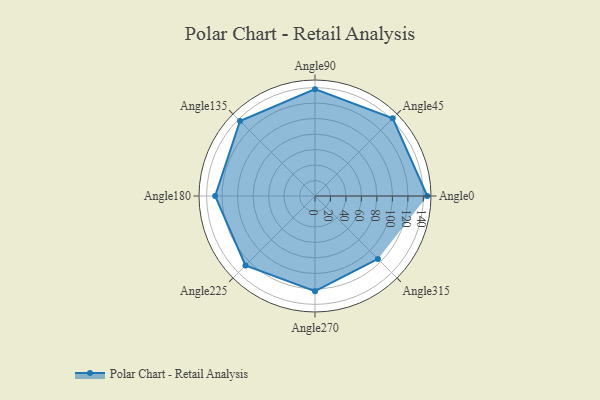
{"axis": {"x": "Angle", "y": "Radius"}, "legend": [""], "data": [{"x": "Angle0", "y": 145.0, "type": ""}, {"x": "Angle45", "y": 142.0, "type": ""}, {"x": "Angle90", "y": 138.0, "type": ""}, {"x": "Angle135", "y": 137.0, "type": ""}, {"x": "Angle180", "y": 129.0, "type": ""}, {"x": "Angle225", "y": 127.0, "type": ""}, {"x": "Angle270", "y": 123.0, "type": ""}, {"x": "Angle315", "y": 115.0, "type": ""}]}